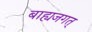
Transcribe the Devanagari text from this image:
बाह्यजगत्‌